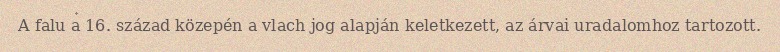
A falu a 16. század közepén a vlach jog alapján keletkezett, az árvai uradalomhoz tartozott.